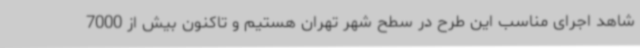
شاهد اجرای مناسب این طرح در سطح شهر تهران هستیم و تاکنون بیش از 7000